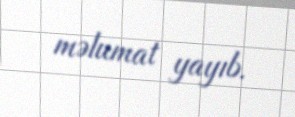
məlumat yayıb.